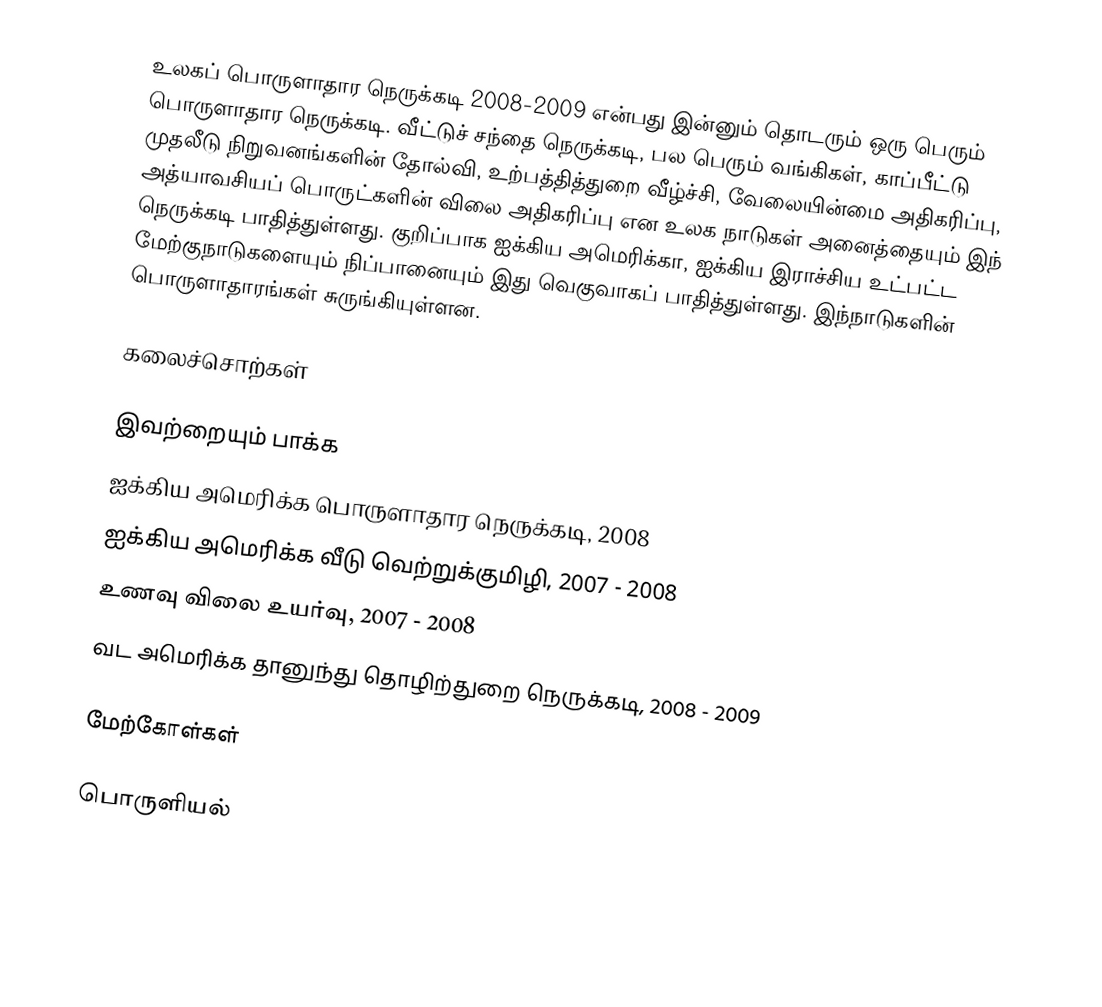
உலகப் பொருளாதார நெருக்கடி 2008-2009 என்பது இன்னும் தொடரும் ஒரு பெரும் பொருளாதார நெருக்கடி.  வீட்டுச் சந்தை நெருக்கடி, பல பெரும் வங்கிகள், காப்பீட்டு முதலீடு நிறுவனங்களின் தோல்வி, உற்பத்தித்துறை வீழ்ச்சி, வேலையின்மை அதிகரிப்பு, அத்யாவசியப் பொருட்களின் விலை அதிகரிப்பு என உலக நாடுகள் அனைத்தையும் இந் நெருக்கடி பாதித்துள்ளது.  குறிப்பாக ஐக்கிய அமெரிக்கா, ஐக்கிய இராச்சிய உட்பட்ட மேற்குநாடுகளையும் நிப்பானையும் இது வெகுவாகப் பாதித்துள்ளது.  இந்நாடுகளின் பொருளாதாரங்கள் சுருங்கியுள்ளன.

கலைச்சொற்கள்

இவற்றையும் பாக்க
 ஐக்கிய அமெரிக்க பொருளாதார நெருக்கடி, 2008
 ஐக்கிய அமெரிக்க வீடு வெற்றுக்குமிழி, 2007 - 2008
 உணவு விலை உயர்வு, 2007 - 2008
 வட அமெரிக்க தானுந்து தொழிற்துறை நெருக்கடி, 2008 - 2009

மேற்கோள்கள்

பொருளியல்